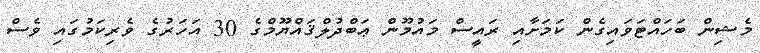
މެޝިން ބަހައްޓަވައިގެން ކަމަށާއި ރައީސް މައުމޫން ޢަބްދުލްޤައްޔޫމްގެ 30 އަހަރުގެ ވެރިކަމުގައި ވެސް